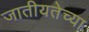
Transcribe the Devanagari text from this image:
जातीयतेच्या